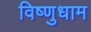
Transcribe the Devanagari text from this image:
विष्णुधाम